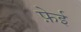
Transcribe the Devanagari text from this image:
फ़ेई